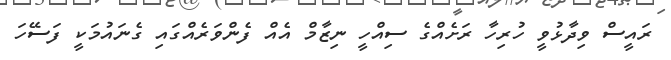
ރައީސް ވިދާޅުވީ ހުރިހާ ރަށެއްގެ ސިއްހީ ނިޒާމް އެއް ފެންވަރެއްގައި ގެނައުމަކީ ފަސޭހަ